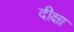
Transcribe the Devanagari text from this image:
दीक्षा